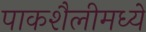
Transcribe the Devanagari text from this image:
पाकशैलीमध्ये